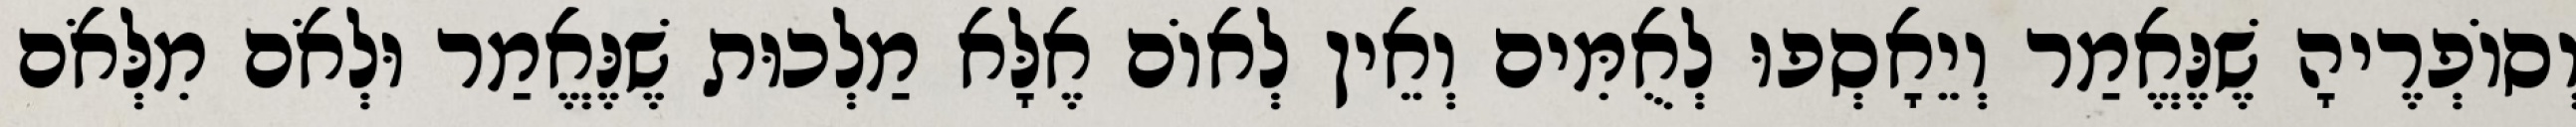
וְסוֹפְרֶיהָ שֶׁנֶּאֱמַר וְיֵאָסְפוּ לְאֻמִּים וְאֵין לְאוֹם אֶלָּא מַלְכוּת שֶׁנֶּאֱמַר וּלְאֹם מִלְּאֹם